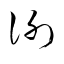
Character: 謝